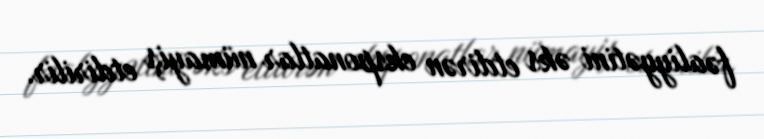
fəaliyyətini əks etdirən eksponatlar nümayiş etdirilir.